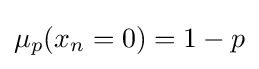
\mu _{p}(x_{n}=0)=1-p